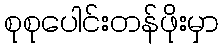
စုစုပေါင်းတန်ဖိုးမှာ